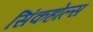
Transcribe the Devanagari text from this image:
सिंकहोल्स